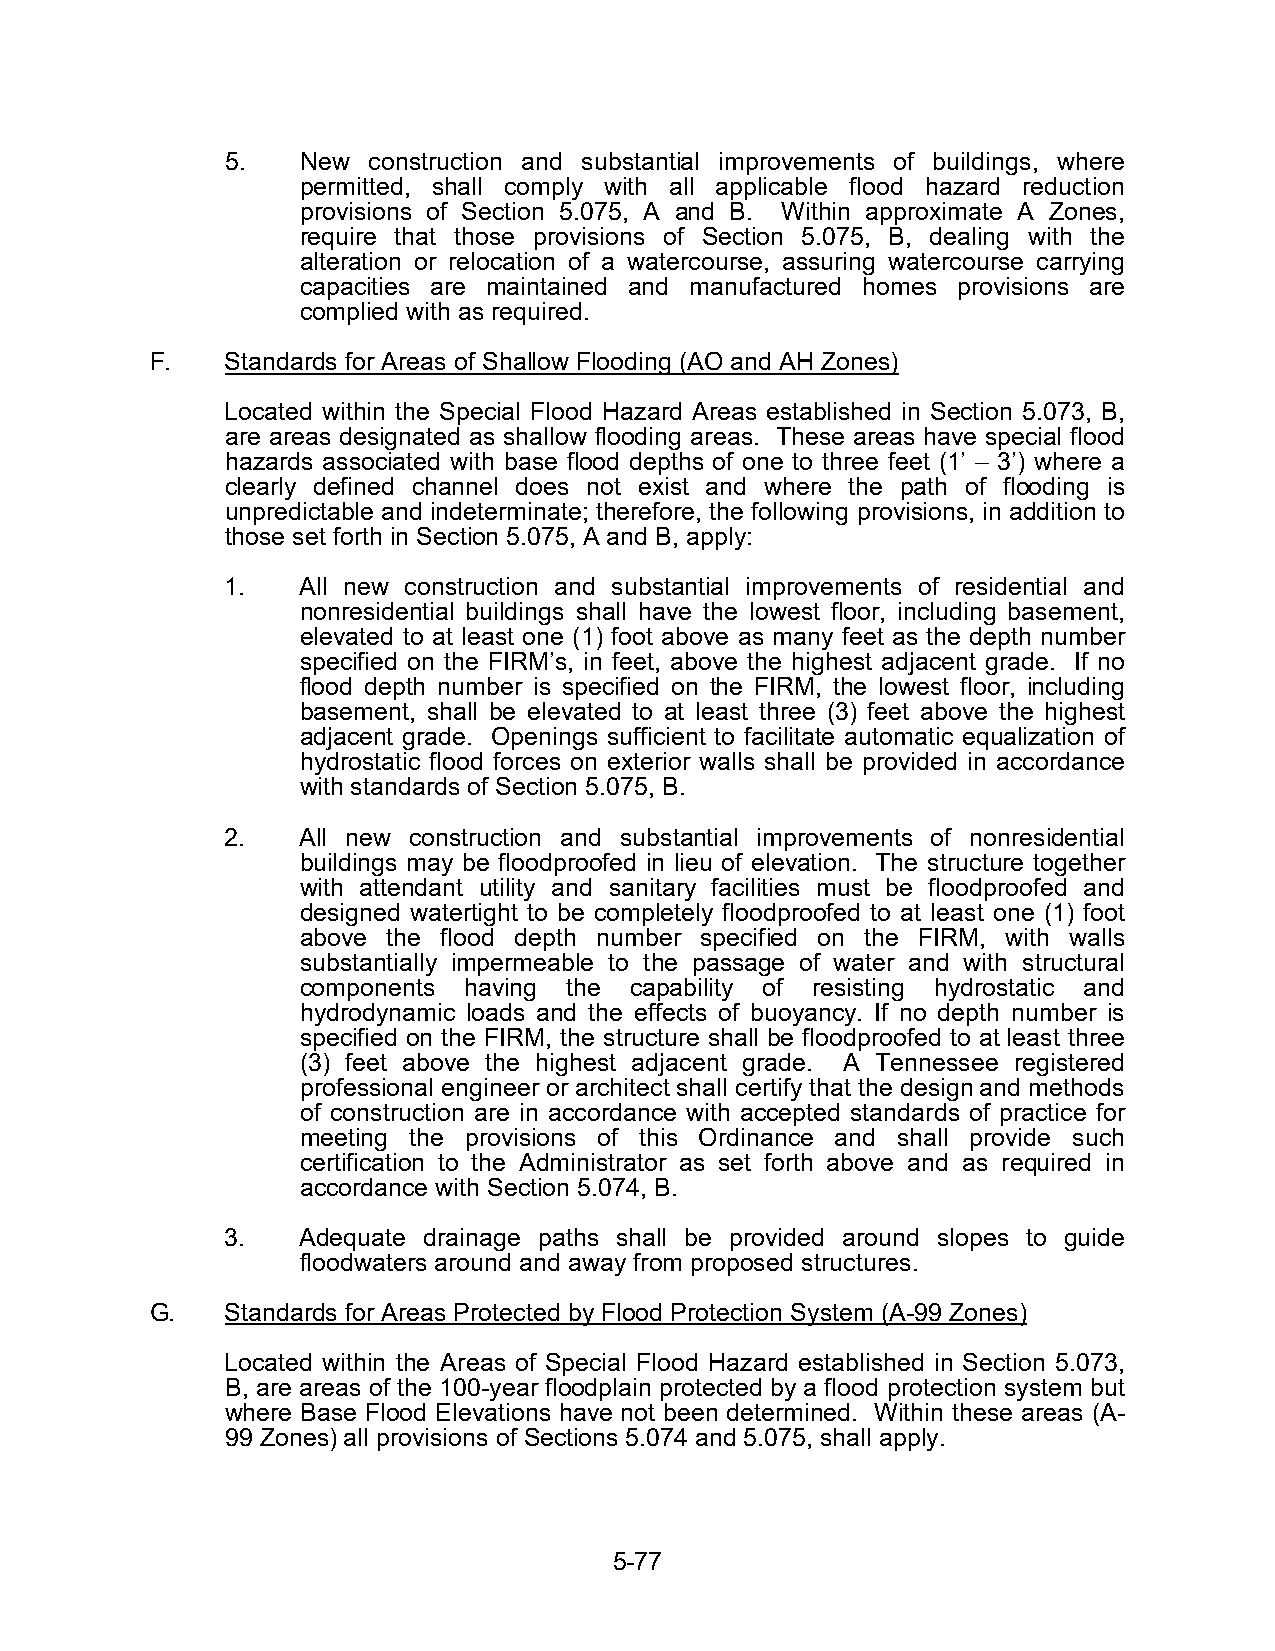
5.   New construction and substantial improvements of buildings, where
 permitted, shall comply with all applicable flood hazard reduction
 provisions of Section 5.075, A and B. Within approximate A Zones,
 require that those provisions of Section 5.075, B, dealing with the
 alteration or relocation of a watercourse, assuring watercourse carrying
 capacities are maintained and manufactured homes provisions are
 complied with as required.
 F.   Standards for Areas of Shallow Flooding (AO and AH Zones)
 Located within the Special Flood Hazard Areas established in Section 5.073, B,
 are areas designated as shallow flooding areas. These areas have special flood
 hazards associated with base flood depths of one to three feet (1’ – 3’) where a
 clearly defined channel does not exist and where the path of flooding is
 unpredictable and indeterminate; therefore, the following provisions, in addition to
 those set forth in Section 5.075, A and B, apply:
 1.   All new construction and substantial improvements of residential and
 nonresidential buildings shall have the lowest floor, including basement,
 elevated to at least one (1) foot above as many feet as the depth number
 specified on the FIRM’s, in feet, above the highest adjacent grade. If no
 flood depth number is specified on the FIRM, the lowest floor, including
 basement, shall be elevated to at least three (3) feet above the highest
 adjacent grade. Openings sufficient to facilitate automatic equalization of
 hydrostatic flood forces on exterior walls shall be provided in accordance
 with standards of Section 5.075, B.
 2.   All new construction and substantial improvements of nonresidential
 buildings may be floodproofed in lieu of elevation. The structure together
 with attendant utility and sanitary facilities must be floodproofed and
 designed watertight to be completely floodproofed to at least one (1) foot
 above the flood depth number specified on the FIRM, with walls
 substantially impermeable to the passage of water and with structural
 components having the capability of resisting hydrostatic and
 hydrodynamic loads and the effects of buoyancy. If no depth number is
 specified on the FIRM, the structure shall be floodproofed to at least three
 (3) feet above the highest adjacent grade. A Tennessee registered
 professional engineer or architect shall certify that the design and methods
 of construction are in accordance with accepted standards of practice for
 meeting the provisions of this Ordinance and shall provide such
 certification to the Administrator as set forth above and as required in
 accordance with Section 5.074, B.
 3.   Adequate drainage paths shall be provided around slopes to guide
 floodwaters around and away from proposed structures.
 G.   Standards for Areas Protected by Flood Protection System (A-99 Zones)
 Located within the Areas of Special Flood Hazard established in Section 5.073,
 B, are areas of the 100-year floodplain protected by a flood protection system but
 where Base Flood Elevations have not been determined. Within these areas (A-
 99 Zones) all provisions of Sections 5.074 and 5.075, shall apply.
 5-77